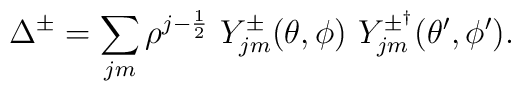
\Delta^{\pm} = \sum_{jm} \rho^{j-\frac{1}{2}}\ Y^{\pm}_{jm}(\theta,\phi ) \ Y^{\pm^{\dagger}}_{jm} (\theta^{\prime},\phi^{\prime}).